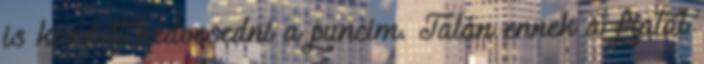
is kezdett nedvesedni a puncim. Talán ennek a fiatal